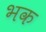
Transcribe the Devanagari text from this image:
भक